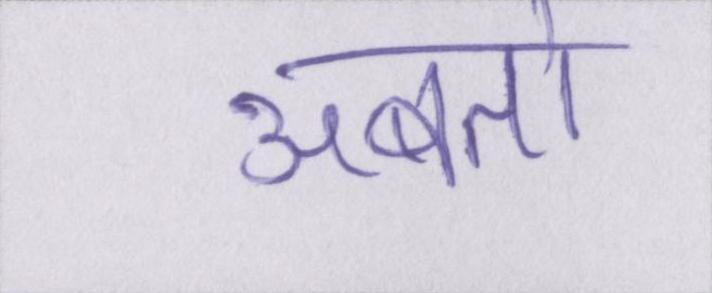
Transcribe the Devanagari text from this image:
अबतो